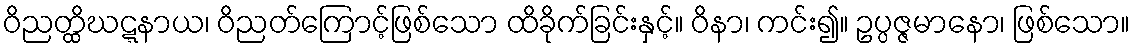
ဝိညတ္ထိဃဋ္ဋနာယ၊ ဝိညတ်ကြောင့်ဖြစ်သော ထိခိုက်ခြင်းနှင့်။ ဝိနာ၊ ကင်း၍။ ဥပ္ပဇ္ဇမာနော၊ ဖြစ်သော။